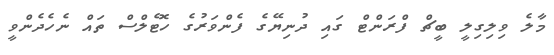
މާލެ ވިލިގިލީ ބީޗް ފްރަންޓް ގައި ދުނިޔޭގެ ފެންވަރުގެ ހޮޓެލްސް ތައް ނެހެދެންވީ